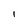
Character: i